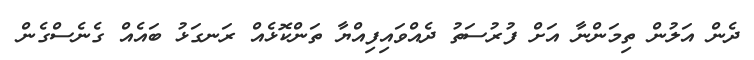
ދެން އަލުން ތިމަންނާ އަށް ފުރުސަތު ދެއްވައިފިއްޔާ ތަންކޮޅެއް ރަނގަޅު ބައެއް ގެނެސްގެން